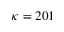
\kappa = 2 0 1